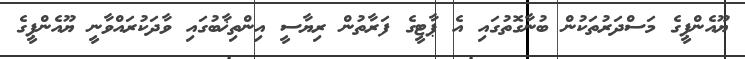
ޔޫއެންޕީގެ މަސްދަރުތަކުން ބުނާގޮތުގައި އެ ޕާޓީގެ ފަރާތުން ރިޔާސީ އިންތިޚާބުގައި ވާދަކުރައްވާނީ ޔޫއެންޕީގެ